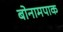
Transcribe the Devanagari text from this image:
बोनामपाक